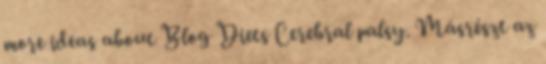
more ideas about Blog Diets Cerebral palsy. Másrészt az